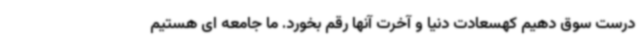
درست سوق دهیم کهسعادت دنیا و آخرت آنها رقم بخورد. ما جامعه ای هستیم